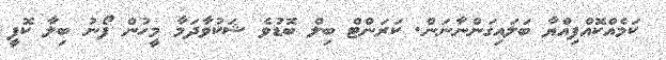
ކަމެއްކޮއްފިއްޔާ ބަލައިގަންނާނަން. ކަރަންޓް ބިލް ބޮޑުވެ ޝަކުވާދަމާ މީހުން ފޯނު ބިލާ ކޮފީ